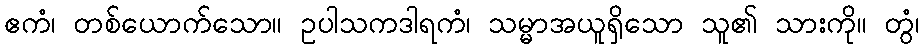
ဧကံ၊ တစ်ယောက်သော။ ဥပါသကဒါရကံ၊ သမ္မာအယူရှိသော သူ၏ သားကို။ တွံ၊